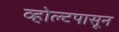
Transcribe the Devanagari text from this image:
व्होल्टपासून